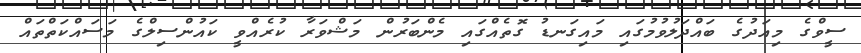
ސީވްގެ މިއަދުގެ ބައްދަލުވުމުގައި މައިގަނޑު ގޮތެއްގައި މެންބަރުން މަޝްވަރާ ކުރެއްވީ ކައުންސިލްގެ މަސައްކަތްތައް